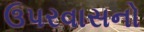
ઉપરવાસનો